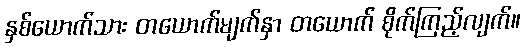
နှစ်ယောက်သား တယောက်မျက်နှာ တယောက် စိုက်ကြည့်လျက်။